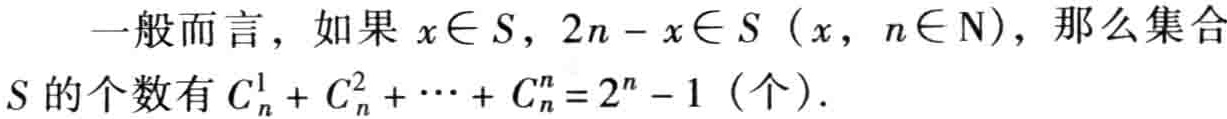
一般而言，如果 \(x\in S\)，\(2n - x\in S\)（\(x\)，\(n\in \mathrm{N}\)），那么集合\(S\)的个数有 \(C_{n}^{1}+C_{n}^{2}+\cdots +C_{n}^{n}=2^{n}-1\)（个）.